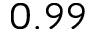
0 . 9 9